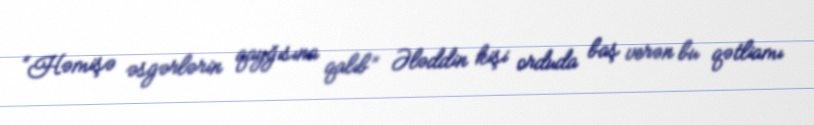
“Həmişə əsgərlərin qayğısına qalıb” Ələddin kişi orduda baş verən bu qətliamı